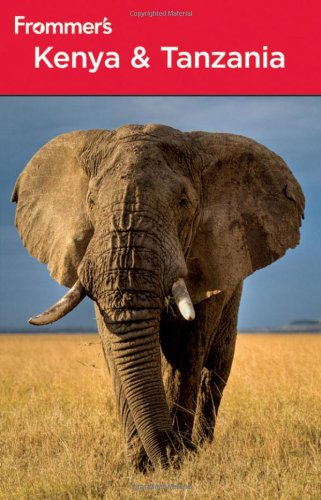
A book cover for Frommer's Kenya and Tanzania (Frommer's Complete Guides); Keith Bain; Travel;